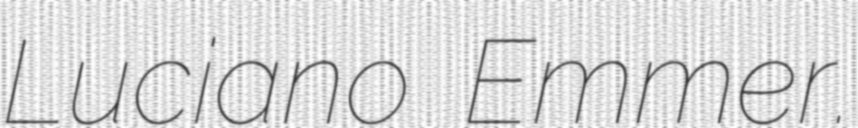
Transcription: Luciano Emmer.